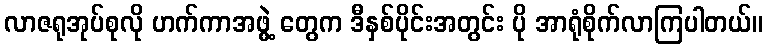
လာဇရုအုပ်စုလို ဟက်ကာအဖွဲ့ တွေက ဒီနှစ်ပိုင်းအတွင်း ပို အာရုံစိုက်လာကြပါတယ်။